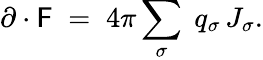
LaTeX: \partial\cdot{\sf F}\; =\; 4\pi\sum_{\sigma}\; q_{\sigma}\, J_{\sigma}.